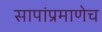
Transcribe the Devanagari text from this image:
सापांप्रमाणेच